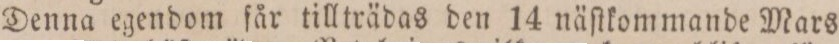
Denna egendom får tillträdas den 14 näſtkommande Mars